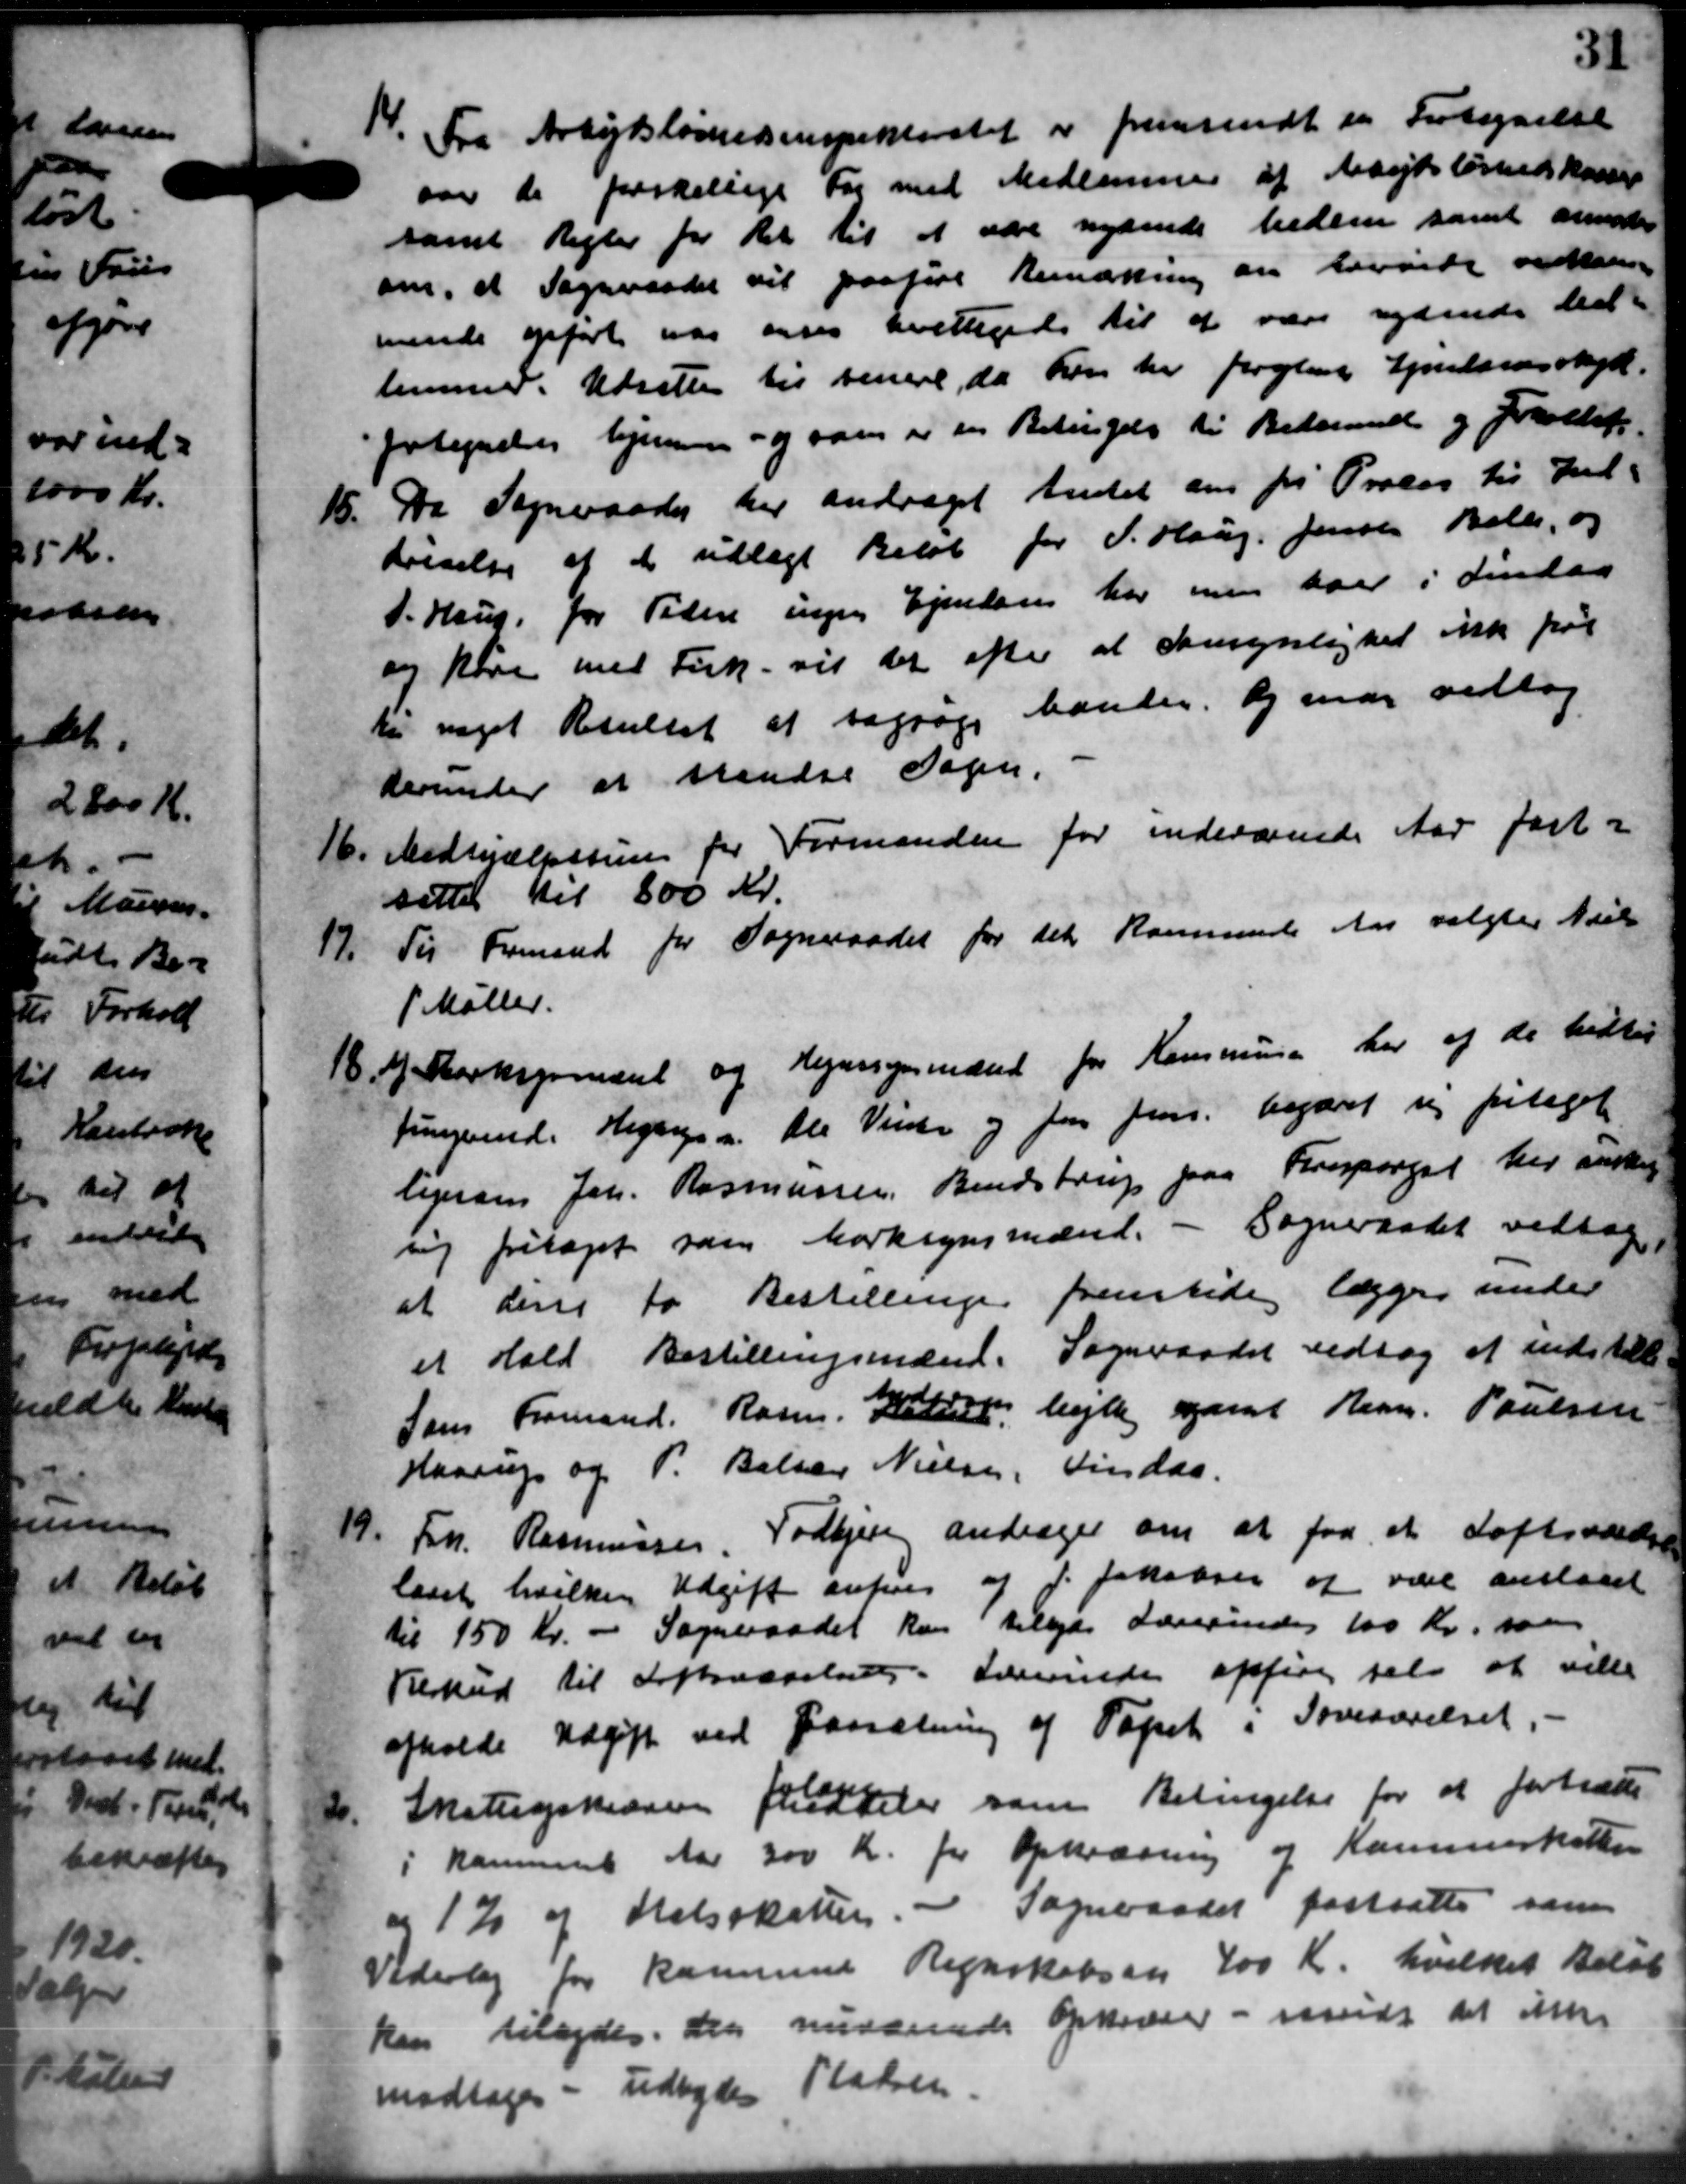
Transskription:
14. Fra Arbejdsløshedsinspektoratet er fremsendt en Fortegnelse
14. Fra Arbejdsløshedsinspektoratet er fremsendt en Fortegnelse
over de forskellige Fag med Medlemmer af Arbejdsløshedskasse
samt Regler for det til at være nydende heden samt anmoder
om, at Sogneraadet vil paaføre Bemærkning an Levinde vedtages
mende opført var anses bevilligede til at være rydende Ud-
lemmer. Udsattes til senere, da han her forglat Ejendomsskyl
fortegnedes hjemmer og som er en Betingelse til Bedermed og Foranle
15.
Da Sogneraadet her andraget Amtet om fri Proces til Ind-
krivelse af de udlagt Beløb for P. Haug. Jensen Balle, og
P. Haus for Tiden ingen Ejendom har men har i Lindaa
og køre med Fork - vil det efter at demsynligtet ikke paa
til noget Resultet at tagtage bander og ende vedtog
derunder at standse Sagen.
16.
Medhjælpssum for Formanden for indeværende Aar fast -
sættes til 800 Kr.
Til Formand for Sogneraadet for det kommende Aar valgtes Niels
17.
P Møller.
18. A. Markspmænd og Regnssynsmænd for Kommunen har af de bedtes
18. A. Markspmænd og Regnssynsmænd for Kommunen har af de bedtes
Jungende Hegning. Ole Vinter og for Jens begjæret sig fritaget
legerse Joh. Rasmussen, Bendstrup paa Forespørgsel her ønskes
sig fritaget som Marksynsmænd. - Sogneraadet vedtog
at den to Bestillinger fremtidig lægger under
et Hald Bestillingsmænd. Sogneraadet vedtog at indstille
Som Formand. Rasm. Hatt bylle samt Hr. Poulsen
Haarup og P. Balser Nielsen, Lindaa.
19.
Frh. Rasmussen, Todbjerg andrager om at faa et Loftsværdige
laaet hvilken Udgift anføres af J. Jakobsen at være anslaaet
til 150 Kr. - Sogneraadet kan tilbyde Lærerendes 100 Kr. som
Tilskud til Loftsværelse. Lærerinde opføre selv at ville
afholde Udgift ved Paasætning af Tapet i Soveværelset.

Skatteopkræsen fatteler som Betingelse for at fortræde
i kommune Aar 300 Kr for Opkrævning og Kommeskatten
og 1 % af Statsskatter. - Sogneraadet fastsætte som
Vederlag for kommune Regnskabsaar 400 Kr. hvilket Beløb
kan tilbydes. Den nuværende opkræver - midt at ikke
modtages - udbyder Pladsen.